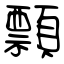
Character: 顠